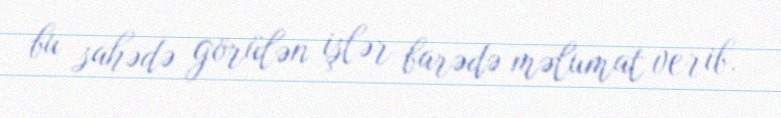
bu sahədə görülən işlər barədə məlumat verib.